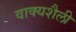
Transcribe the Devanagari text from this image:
वाक्यशैली